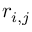
\boldsymbol r _ { i , j }